Indian journal of veterinary science and animal husbandry - Volume 9,
Year: 1939
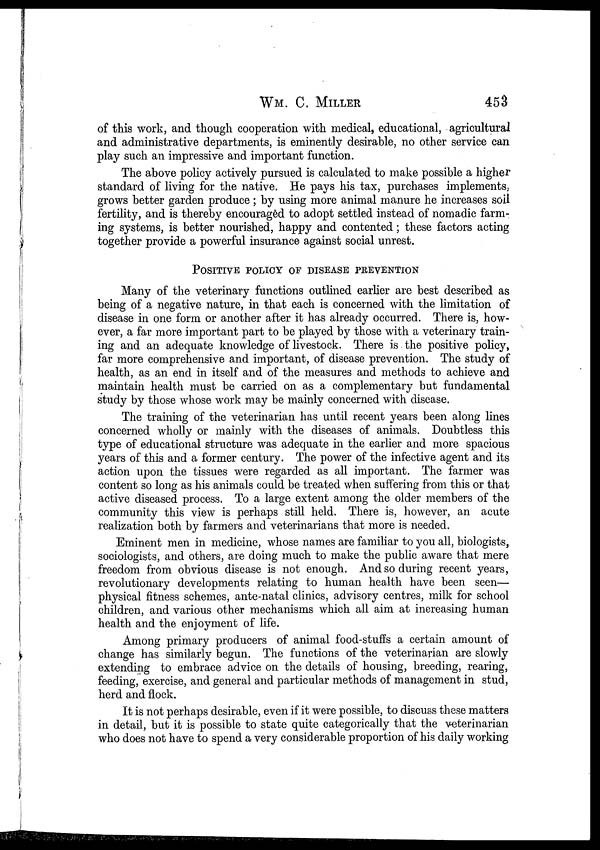
WM. C.
MILLER
453
of this work, and though cooperation with medical, educational, agricultural
and administrative departments, is eminently desirable, no other service can
play such an impressive and important function.
The above policy actively pursued is calculated to make possible a higher
standard of living for the native. He pays his tax, purchases implements,
grows better garden produce ; by using more animal manure he increases soil
fertility, and is thereby encouraged to adopt settled instead of nomadic farm-
ing systems, is better nourished, happy and contented; these factors acting
together provide a powerful insurance against social unrest.
POSITIVE POLICY OF DISEASE PREVENTION
Many of the veterinary functions outlined earlier are best described as
being of a negative nature, in that each is concerned with the limitation of
disease in one form or another after it has already occurred. There is, how-
ever, a far more important part to be played by those with a veterinary train-
ing and an adequate knowledge of livestock. There is the positive policy,
far more comprehensive and important, of disease prevention. The study of
health, as an end in itself and of the measures and methods to achieve and
maintain health must be carried on as a complementary but fundamental
study by those whose work may be mainly concerned with disease.
The training of the veterinarian has until recent years been along lines
concerned wholly or mainly with the diseases of animals. Doubtless this
type of educational structure was adequate in the earlier and more spacious
years of this and a former century. The power of the infective agent and its
action upon the tissues were regarded as all important. The farmer was
content so long as his animals could be treated when suffering from this or that
active diseased process. To a large extent among the older members of the
community this view is perhaps still held. There is, however, an acute
realization both by farmers and veterinarians that more is needed.
Eminent men in medicine, whose names are familiar to you all, biologists,
sociologists, and others, are doing much to make the public aware that mere
freedom from obvious disease is not enough. And so during recent years,
revolutionary developments relating to human health have been seen—
physical fitness schemes, ante-natal clinics, advisory centres, milk for school
children, and various other mechanisms which all aim at increasing human
health and the enjoyment of life.
Among primary producers of animal food-stuffs a certain amount of
change has similarly begun. The functions of the veterinarian are slowly
extending to embrace advice on the details of housing, breeding, rearing,
feeding, exercise, and general and particular methods of management in stud,
herd and flock.
It is not perhaps desirable, even if it were possible, to discuss these matters
in detail, but it is possible to state quite categorically that the veterinarian
who does not have to spend a very considerable proportion of his daily working